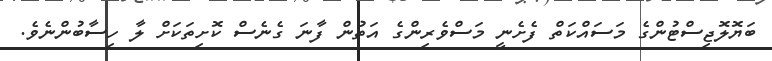
ބަޔޮލޮޖިސްޓުންގެ މަސައްކަތް ފެށެނީ މަސްވެރިންގެ އަތުން ފާނަ ގެނެސް ކޮށިތަކަށް ލާ ހިސާބުންނެވެ.